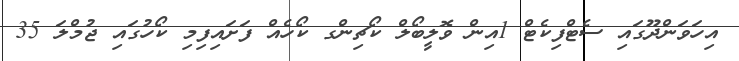
އިހަވަންދޫގައި ސެޓްފިކެޓް 1އިން ވޮލީބޯލް ކޯޗިންގ ކޯހެއް ފަށައިފިމި ކޯހުގައި ޖުމްލަ 35